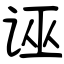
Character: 诬